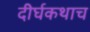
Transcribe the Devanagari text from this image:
दीर्घकथाच